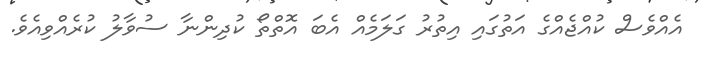
އެއްވެސް ކުއްޖެއްގެ އަތުގައި އިތުރު ގަލަމެއް އެބަ އޮތްތޯ ކުދިންނާ ސުވާލު ކުރެއްވިއެވެ.